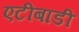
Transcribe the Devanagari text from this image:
एटीबाडी